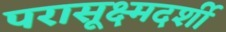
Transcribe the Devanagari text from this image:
परासूक्ष्मदर्शी